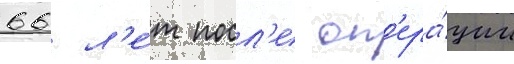
66 л'е́т посл'е оп'ера́ции